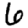
Digit: 6